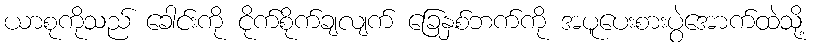
ယာစုကိုသည် ခေါင်းကို ငိုက်စိုက်ချလျက် ခြေနှစ်ဘက်ကို အပူပေးစားပွဲအောက်ထဲသို့